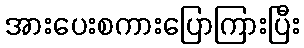
အားပေးစကားပြောကြားပြီး